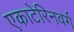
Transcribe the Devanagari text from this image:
एकाटेरिनवर्ग